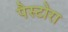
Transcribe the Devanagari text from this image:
पैस्टोरा